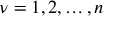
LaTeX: \nu = 1 , 2 , \ldots , n